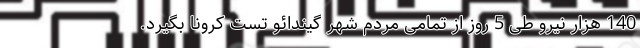
140 هزار نیرو طی 5 روز از تمامی مردم شهر گیندائو تست کرونا بگیرد.